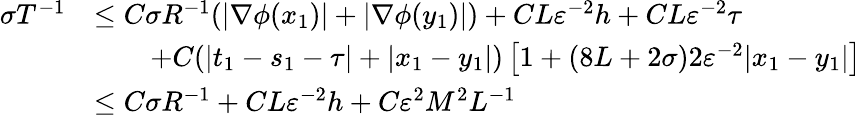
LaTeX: \begin{array}{rl}{\sigma{T^{-1}}}&{\leq C\sigma R^{-1}(|\nabla\phi(x_{1})|+|\nabla\phi(y_{1})|)+CL\varepsilon^{-2}h+CL\varepsilon^{-2}\tau}\\ &{\qquad+C(|t_{1}-s_{1}-\tau|+|x_{1}-y_{1}|)\left[1+(8L+2\sigma)2\varepsilon^{-2}|x_{1}-y_{1}|\right]}\\ &{\leq C\sigma R^{-1}+CL\varepsilon^{-2}h+C\varepsilon^{2}M^{2}L^{-1}}\end{array}